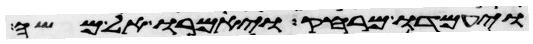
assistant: ויעמדו מרחק ויאמרו אל משה